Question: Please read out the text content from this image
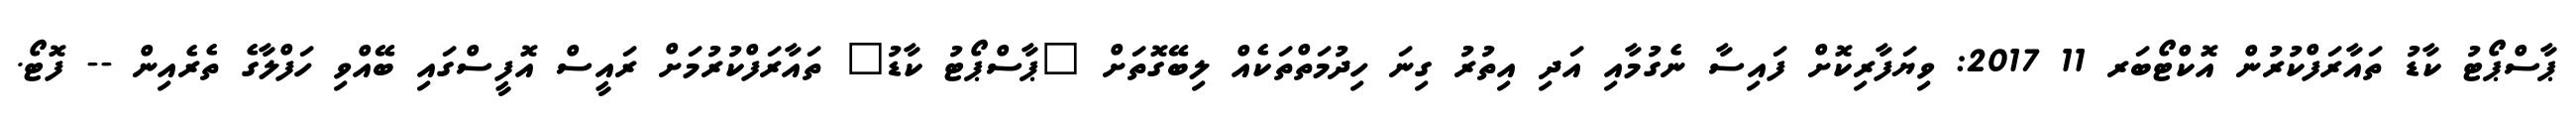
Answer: ޕާސްޕޯޓު ކާޑު ތައާރަފްކުރުން އޮކްޓޯބަރ 11 2017: ވިޔަފާރިކޮށް ފައިސާ ނެގުމާއި އަދި އިތުރު ގިނަ ހިދުމަތްތަކެއް ލިބޭގޮތަށް "ޕާސްޕޯޓު ކާޑު" ތައާރަފްކުރުމަށް ރައީސް އޮފީސްގައި ބޭއްވި ހަފްލާގެ ތެރެއިން -- ފޮޓޯ.